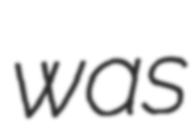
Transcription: was